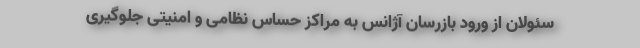
سئولان از ورود بازرسان آژانس به مراکز حساس نظامی و امنیتی جلوگیری